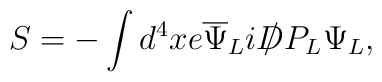
S = -\int d^4x e{\overline{\Psi}}_{L}i{{D\kern-0.15em\raise0.17ex\llap{/}\kern0.15em\relax}}P_L\Psi_{L},